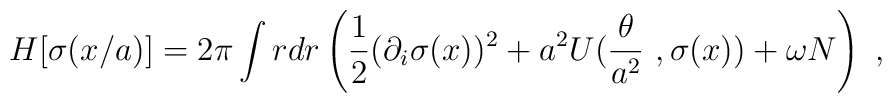
H[\sigma(x/a)]=2\pi\int rdr\left(\frac 12(\partial_i\sigma(x))^2+a^2U(\frac{\theta}{a^2}\ ,\sigma(x))+\omega N\right)\ ,